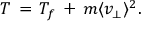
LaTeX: T \, = \, T _ { f } \, + \, m \langle v _ { \perp } \rangle ^ { 2 } .